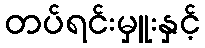
တပ်ရင်းမှူးနှင့်